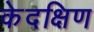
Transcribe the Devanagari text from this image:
केदक्षिण